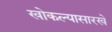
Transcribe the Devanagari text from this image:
खोकल्यासारखे